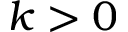
k > 0